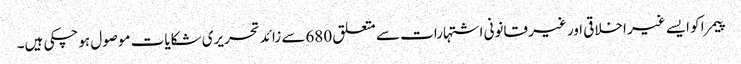
پیمرا کو ایسے غیر اخلاقی اور غیر قانونی اشتہارات سے متعلق 680سے زائد تحریری شکایات موصول ہوچکی ہیں۔